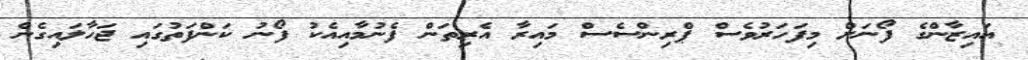
އައިޒާންގެ ފޯނަށް މިފަހަރުވެސް ޕްރިންސެސް މައިރާ އެރިތަން ފެނުމާއިއެކު ފޯނު ކަންފަތުގައި ޖަހާލައިގެން